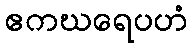
ဧကဃရေပဟံ